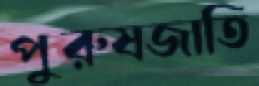
পুরুষজাতি